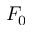
F _ { 0 }